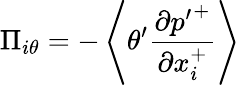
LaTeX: \Pi_{i\theta}=-\left<\theta^{\prime}\frac{\partial{p^{\prime}}^{+}}{\partial x_{i}^{+}}\right>